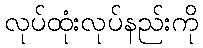
လုပ်ထုံးလုပ်နည်းကို